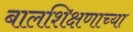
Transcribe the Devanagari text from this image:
बालशिक्षणाच्या